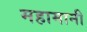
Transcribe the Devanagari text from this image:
महामानी